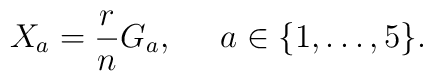
X_a = \frac{r}{n}  G_a, \;\;\;\;\;  a \in \{1,  \ldots,  5\}.